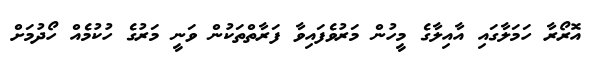
އޮރޯރާ ހަމަލާގައި އާއިލާގެ މީހުން މަރުވެފައިވާ ފަރާތްތަކުން ވަނީ މަރުގެ ހުކުމެއް ހޯދުމަށް